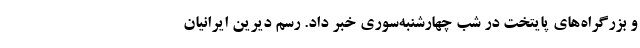
و بزرگراه‌های پایتخت در شب چهارشنبه‌سوری خبر داد. رسم دیرین ایرانیان